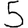
Digit: 5